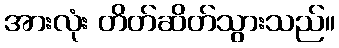
အားလုံး တိတ်ဆိတ်သွားသည်။